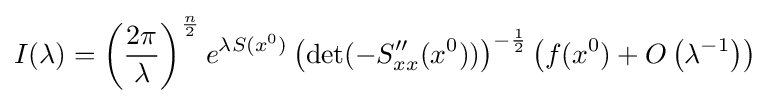
I(\lambda )=\left({\frac {2\pi }{\lambda }}\right)^{\frac {n}{2}}e^{\lambda S(x^{0})}\left(\det(-S_{xx}''(x^{0}))\right)^{-{\frac {1}{2}}}\left(f(x^{0})+O\left(\lambda ^{-1}\right)\right)